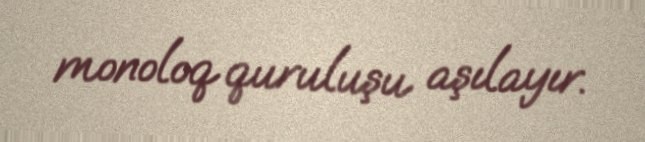
monoloq quruluşu aşılayır.